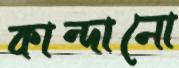
কান্দানো